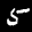
Label: 5